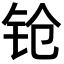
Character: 𬬰